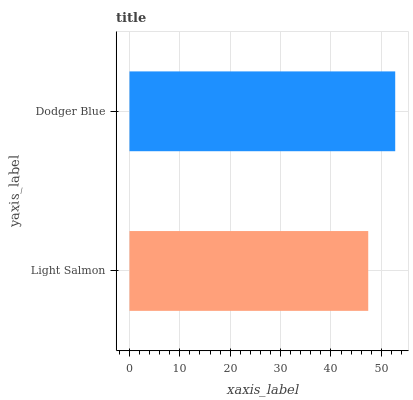
| yaxis_label | bars |
 | --- | --- |
 | Light Salmon | 47.4 |
 | Dodger Blue | 52.8 |